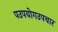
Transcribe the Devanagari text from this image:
पउपयोगउपचार